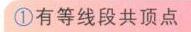
\textcircled{1}有等线段共顶点